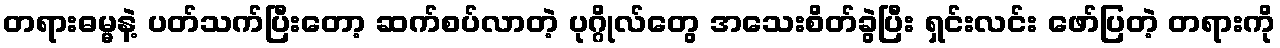
တရားဓမ္မနဲ့ ပတ်သက်ပြီးတော့ ဆက်စပ်လာတဲ့ ပုဂ္ဂိုလ်တွေ အသေးစိတ်ခွဲပြီး ရှင်းလင်း ဖော်ပြတဲ့ တရားကို